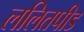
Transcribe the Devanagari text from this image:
ललितपीड